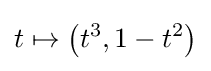
t\mapsto \left(t^{3},1-t^{2}\right)